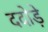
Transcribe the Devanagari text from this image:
ददोड़े